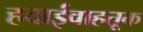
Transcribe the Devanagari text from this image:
हवाईवाहतूक